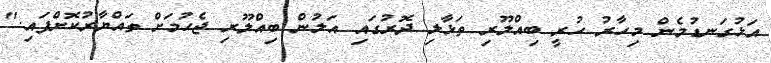
އަޅުގަނޑުމެން މިހާރު ހުރީ ބިއްލޫރި ތަޅާލި ދޮރުގައި އަލުން ބިއްލޫރި ޖެހުމަށް ތައްޔާރުކޮށްފައި."